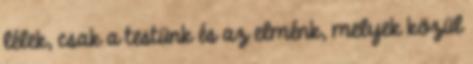
lélek, csak a testünk és az elménk, melyek közül